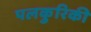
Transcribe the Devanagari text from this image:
पलकुरिकी